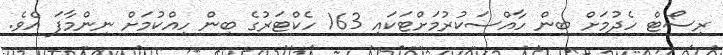
ރިސޯޓް ހެދުމަށް ބިން ހާއްސަކުރުމަށްޓަކައި 163 ހެކްޓަރުގެ ބިން ހިއްކުމަށް ނިންމާފަ އެވެ.